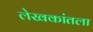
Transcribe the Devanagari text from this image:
लेखकांतला